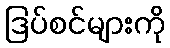
ဒြပ်စင်များကို